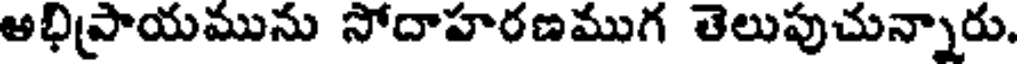
అభిప్రాయమును సోదాహరణముగ తెలుపుచున్నారు.